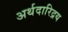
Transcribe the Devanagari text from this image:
अर्थदारिद्रय